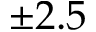
\pm 2 . 5